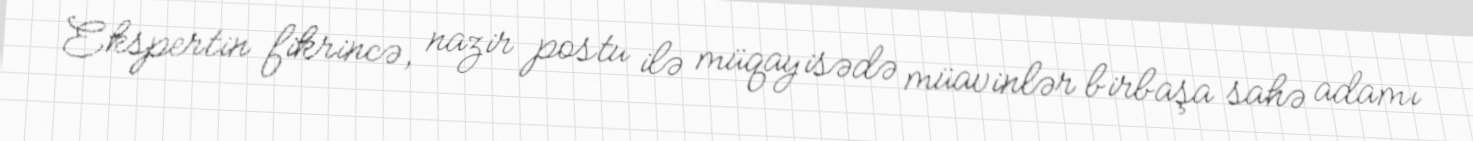
Ekspertin fikrincə, nazir postu ilə müqayisədə müavinlər birbaşa sahə adamı